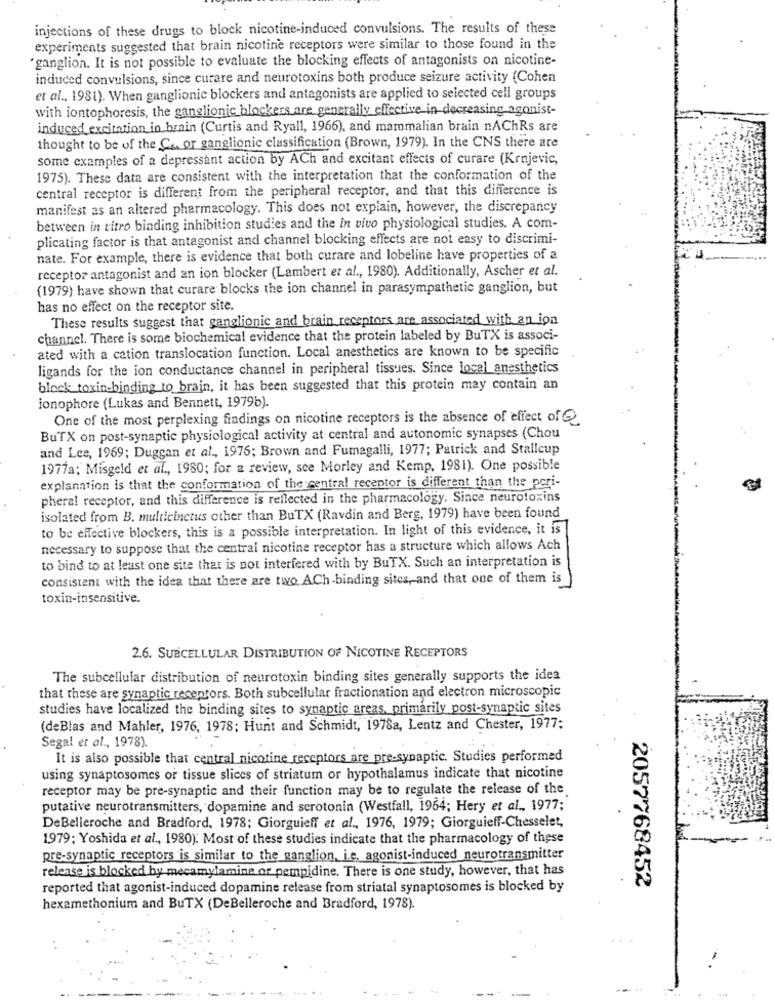
injections of these drugs to block nicotine-induced convulsions. The results of these
experiments suggested that brain nicotine receptors were similar to those found in the
"ganglion. It is not possible to evaluate the blocking effects of antagonists on nicotine-
induced convulsions, since curare and neurotoxins both produce seizure activity (Cohen
et al ., 1981). When ganglionic blockers and antagonists are applied to selected cell groups
with iontophoresis, the ganglionic blockers are generally effective-in-decreasing agonist-
induced excitation in brain (Curtis and Ryall, 1966), and mammalian brain nAChRs are
thought to be of the Co or ganglionic classification (Brown, 1979). In the CNS there are
some examples of a depressant action by ACh and excitant effects of curare (Krnjevic,
1975). These data are consistent with the interpretation that the conformation of the
central receptor is different from the peripheral receptor, and that this difference is
manifest as an altered pharmacology. This does not explain, however, the discrepancy
between in vitro binding inhibition studies and the in vivo physiological studies. A com-
plicating factor is that antagonist and channel blocking effects are not easy to discrimi-
nate. For example, there is evidence that both curare and lobeline have properties of a
receptor antagonist and an ion blocker (Lambert et al ., 1980). Additionally, Ascher et al.
(1979) have shown that curare blocks the ion channel in parasympathetic ganglion, but
has no effect on the receptor site.
These results suggest that ganglionic and brain receptors are associated with an ion
channel. There is some biochemical evidence that the protein labeled by BuTX is associ-
ated with a cation translocation function. Local anesthetics are known to be specific
ligands for the ion conductance channel in peripheral tissues. Since local anesthetics
block toxin-binding to brain, it has been suggested that this protein may contain an
ionophore (Lukas and Bennett, 1979b).
One of the most perplexing findings on nicotine receptors is the absence of effect of Q
BuTX on post-synaptic physiological activity at central and autonomic synapses (Chou
and Lee, 1969; Duggan et al ., 1976; Brown and Fumagalli, 1977; Patrick and Stallcup
1977a; Misgeld et al ., 1980; for a review, see Morley and Kemp, 1981). One possible
explanation is that the conformation of the central receptor is different than the peri-
pheral receptor, and this difference is reflected in the pharmacology. Since neurotoxins
isolated from B. multleinctus other than BuTX (Ravdin and Berg, 1979) have been found
to be effective blockers, this is a possible interpretation. In light of this evidence, it is
necessary to suppose that the central nicotine receptor has a structure which allows Ach
to bind to at least one site that is not interfered with by BuTX. Such an interpretation is
consistent with the idea that there are two ACh-binding sites, and that one of them is
toxin-insensitive.
2.6. SUBCELLULAR DISTRIBUTION OF NICOTINE RECEPTORS
The subcellular distribution of neurotoxin binding sites generally supports the idea
that these are synaptic receptors. Both subcellular fractionation and electron microscopic
studies have localized the binding sites to synaptic areas, primarily post-synaptic sites
(deBlas and Mahler, 1976, 1978; Hunt and Schmidt, 1978a, Lentz and Chester, 1977:
Segal et al ., 1978).
It is also possible that central nicotine receptors are pre-synaptic. Studies performed
using synaptosomes or tissue slices of striatum or hypothalamus indicate that nicotine
receptor may be pre-synaptic and their function may be to regulate the release of the
putative neurotransmitters, dopamine and serotonin (Westfall, 1954; Hery et al ., 1977;
DeBelleroche and Bradford, 1978; Giorguieff et al ., 1976, 1979; Giorguieff-Chesselet,
1979; Yoshida et al ., 1980). Most of these studies indicate that the pharmacology of these
pre-synaptic receptors is similar to the ganglion, i.e. agonist-induced neurotransmitter
release is blocked by mecamylamine or pempidine. There is one study, however, that has
2057768452
reported that agonist-induced dopamine release from striatal synaptosomes is blocked by
hexamethonium and BuTX (DeBelleroche and Bradford, 1978).